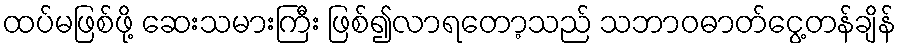
ထပ်မဖြစ်ဖို့ ဆေးသမားကြီး ဖြစ်၍လာရတော့သည် သဘာဝဓာတ်ငွေ့တန်ချိန်